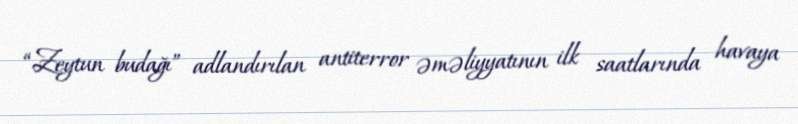
“Zeytun budağı” adlandırılan antiterror əməliyyatının ilk saatlarında havaya